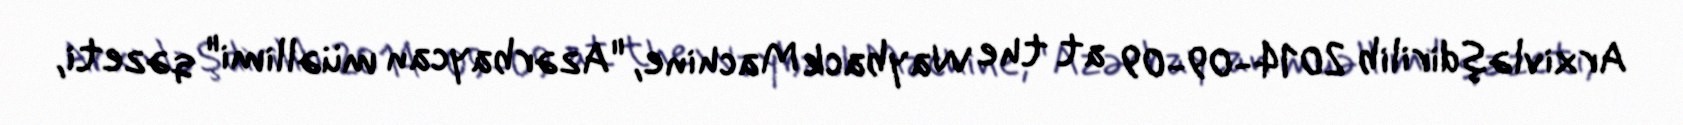
Arxivləşdirilib 2014-09-09 at the Wayback Machine, "Azərbaycan müəllimi" qəzeti,